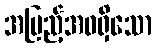
အပြည့်အဝရှိသော